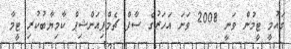
ގައުމީ ޓީމުން ވަނީ 2008 ވަނަ އަހަރުގެ ސާފް ޗެމްޕިއަންޝިޕް ކާމިޔާބުކުރި ޓީމާ